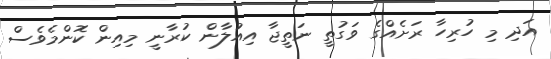
އަދި މި ހުރިހާ ރަށެއްގެ ވަގުތީ ނަތީޖާ އިއުލާން ކުރާނީ މިއިން ކޮންމެވެސް